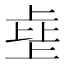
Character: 𰀗